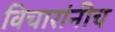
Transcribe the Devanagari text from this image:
विचारांनीच